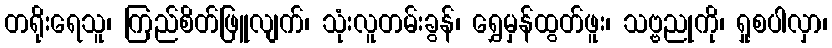
တရိုးရေသူ၊ ကြည်စိတ်ဖြူလျက်၊ သုံးလူတမ်းခွန်၊ ရွှေမှန်ထွတ်ဖူး၊ သဗ္ဗညုကို၊ ရှုစပါလှာ၊